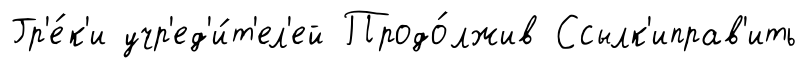
Гр'е́к'и учр'ед'и́т'ел'ей Продо́лжив Ссылк'иправ'ить